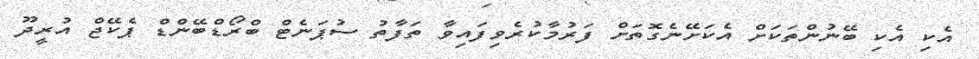
އެކި އެކި ބޭނުންތަކަށް އެކަށޭނެގޮތަށް ފަރުމާކުރެވިފައިވާ ތަފާތު ސުޕަނެޓް ބްރޯޑްބޭންޑް ޕެކޭޖް އުރީދޫ